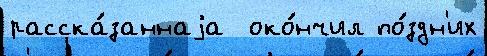
расска́заннаjа  око́нчил по́здн'их